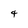
Character: 4